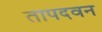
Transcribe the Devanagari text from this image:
तापदवन